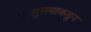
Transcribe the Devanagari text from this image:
परशुरामाकडून